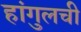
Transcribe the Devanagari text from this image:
हांगुलची